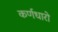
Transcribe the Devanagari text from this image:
कर्णधारो